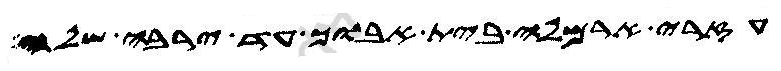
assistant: עזרי ארמלה בית אבוך עד ירבה שלה